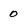
Character: 0